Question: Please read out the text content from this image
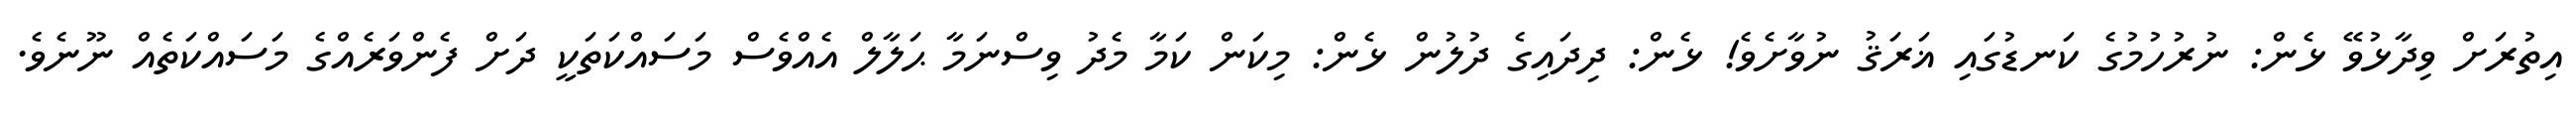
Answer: އިތުރަށް ވިދާޅުވޭ ޅެން: ނުރުހުމުގެ ކަނޑުގައި ޣަރަޤު ނުވާށެވެ! ޅެން: ދިދައިގެ ދުލުން ޅެން: މިކަން ކަމާ މެދު ވިސްނަމާ ޙަލާލް އެއްވެސް މަސައްކަތަކީ ދަށް ފެންވަރެއްގެ މަސައްކަތެއް ނޫނެވެ.